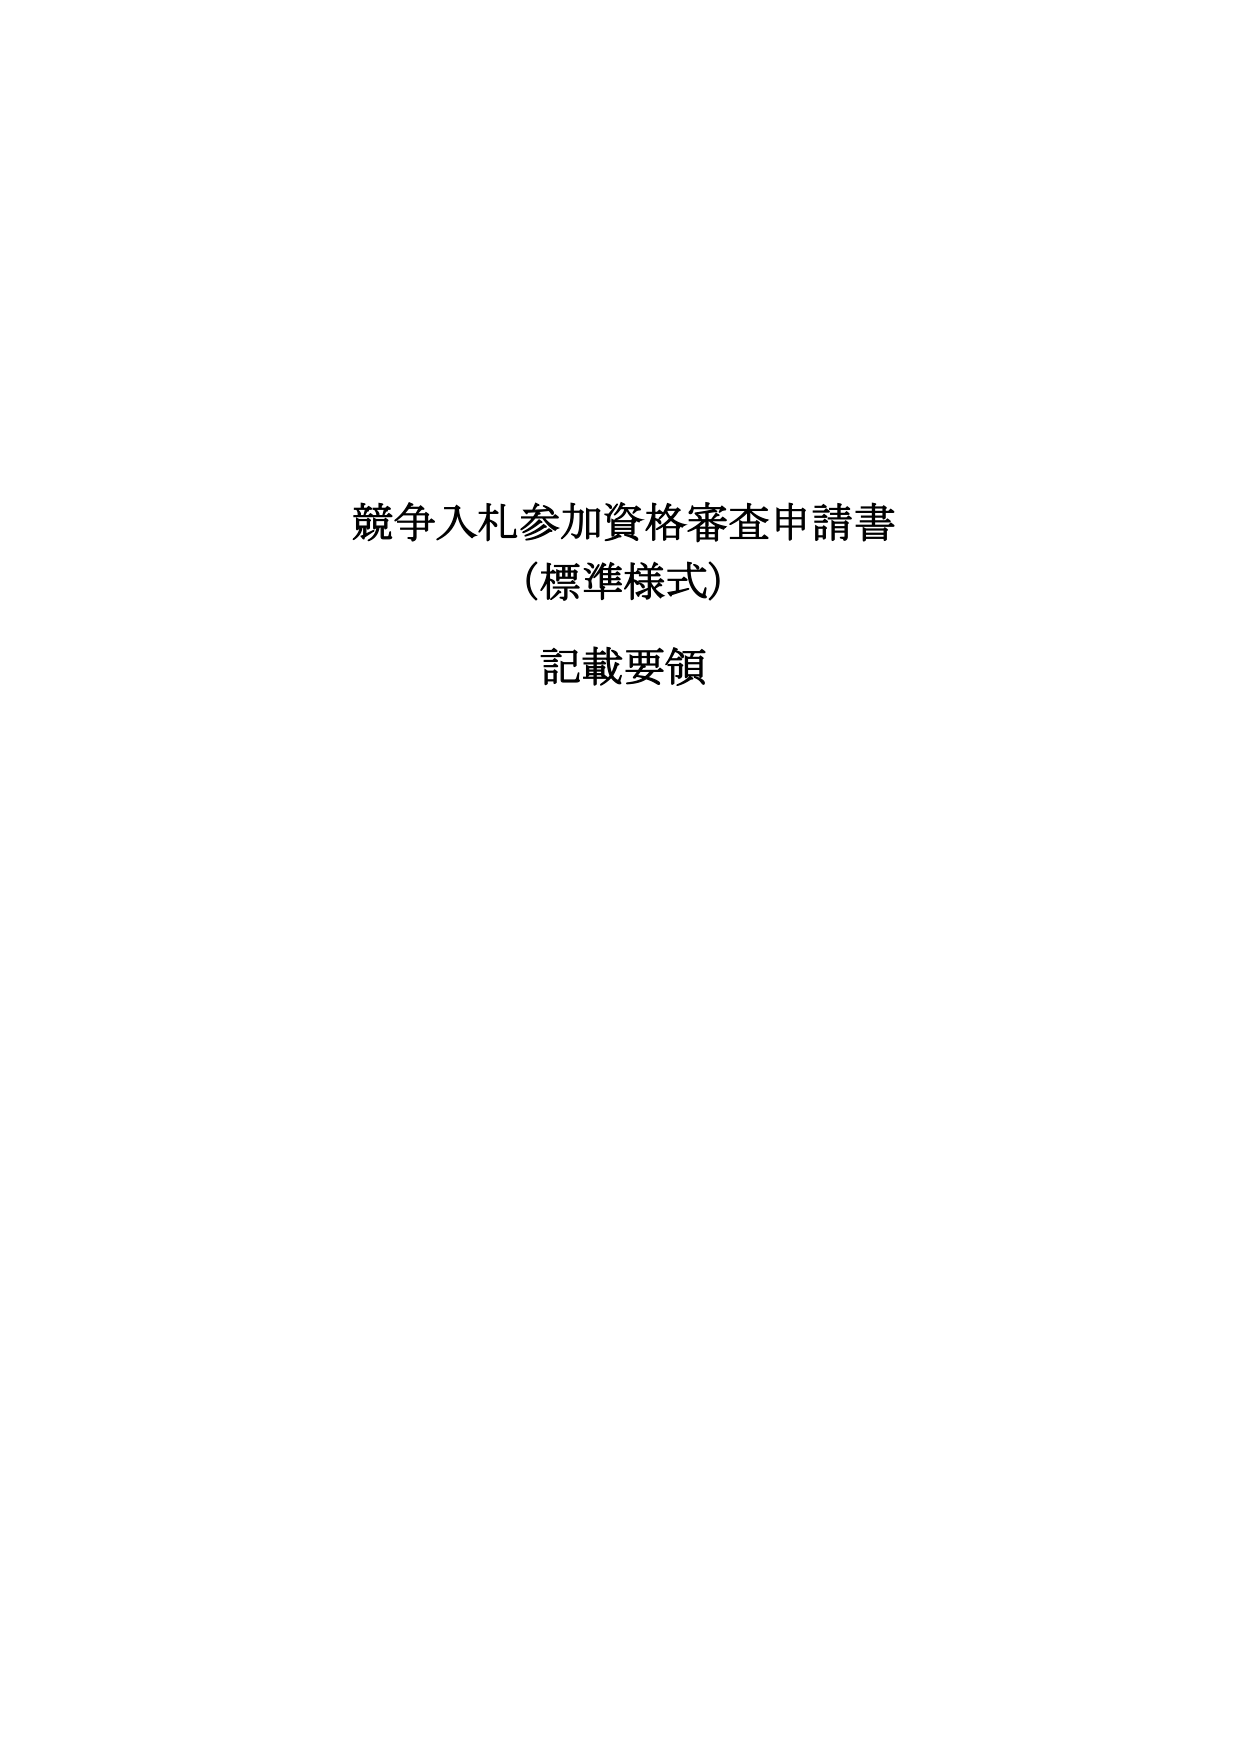
競争入札参加資格審査申請書
（標準様式）
記載要領